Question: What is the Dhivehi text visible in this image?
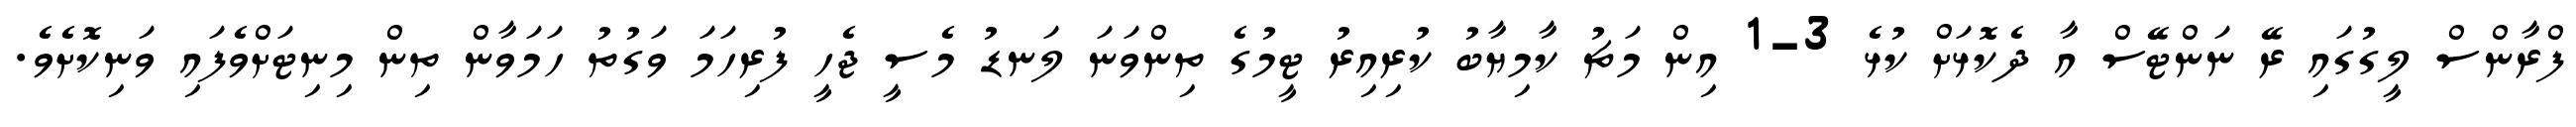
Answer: ފްރާންސް ލީގުގައި ރޭ ނަންޓޭސް އާ ދެކޮޅަށް ކުޅެ 3-1 އިން މަޗު ކާމިޔާބު ކުރިއިރު ޓީމުގެ ތިންވަނަ ލަނޑު މެސީ ޖެހީ ފުރިހަމަ ވަގުތު ހަމަވާން ތިން މިނިޓަށްވެފައި ވަނިކޮށެވެ.